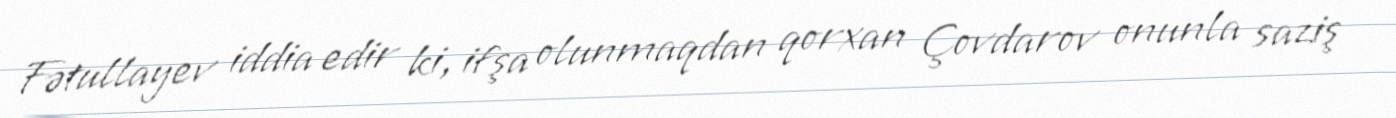
Fətullayev iddia edir ki, ifşa olunmaqdan qorxan Çovdarov onunla saziş